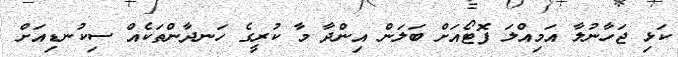
ކަޅި ޖަހާނުލާ އަމިއްލަ ފޮޓޯއަށް ބަލަން އިންދާ މާ ކުރީގެ ހަނދާންތަކެއް ސިކުނޑިއަށް